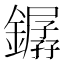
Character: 𨬖